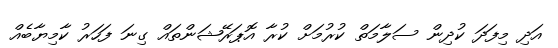
އަދި މިފަދަ ކުދިން ސަލާމަތް ކުރުމަށް ކުރާ އޮޕަރޭޝަންތައް ގިނަ ފަހަރު ކާމިޔާބެއް